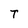
Character: T